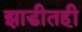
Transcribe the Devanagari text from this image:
झाडीतही